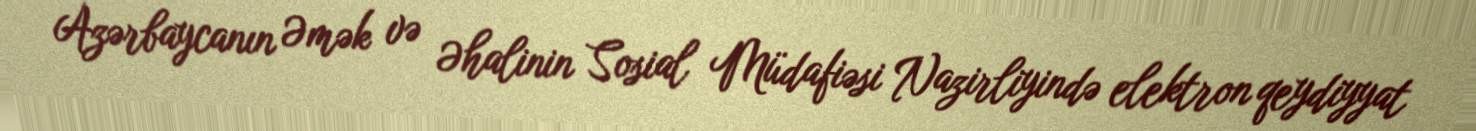
Azərbaycanın Əmək və Əhalinin Sosial Müdafiəsi Nazirliyində elektron qeydiyyat